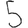
Digit: 5